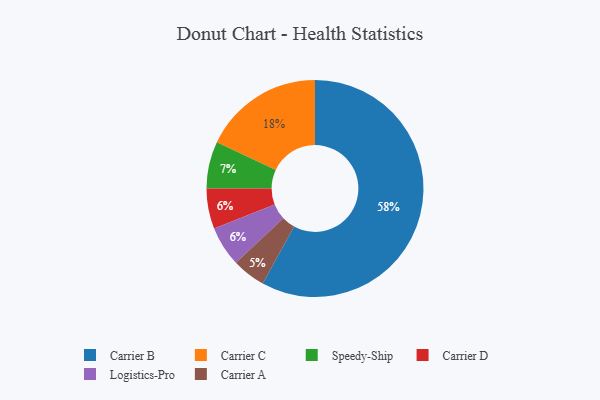
{"axis": {"x": "Category", "y": "Percentage"}, "legend": ["Carrier A", "Carrier B", "Carrier C", "Carrier D", "Logistics-Pro", "Speedy-Ship"], "data": [{"x": "Carrier D", "y": 6, "type": "Carrier D"}, {"x": "Carrier B", "y": 58, "type": "Carrier B"}, {"x": "Speedy-Ship", "y": 7, "type": "Speedy-Ship"}, {"x": "Carrier A", "y": 5, "type": "Carrier A"}, {"x": "Logistics-Pro", "y": 6, "type": "Logistics-Pro"}, {"x": "Carrier C", "y": 18, "type": "Carrier C"}]}